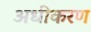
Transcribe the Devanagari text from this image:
अधीकरण